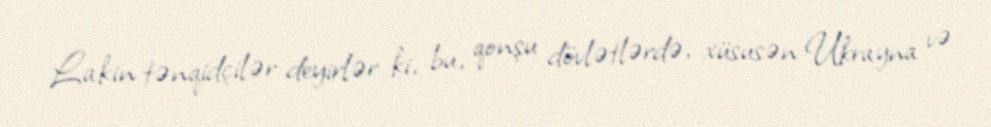
Lakin tənqidçilər deyirlər ki, bu, qonşu dövlətlərdə, xüsusən Ukrayna və